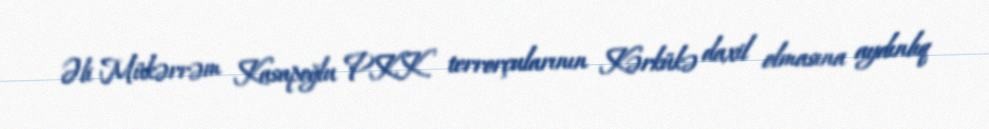
Əli Mükərrəm Kasapoğlu PKK terrorçularının Kərkükə daxil olmasına aydınlıq